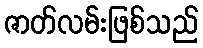
ဇာတ်လမ်းဖြစ်သည်